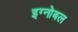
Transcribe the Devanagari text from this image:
इग्नोबल